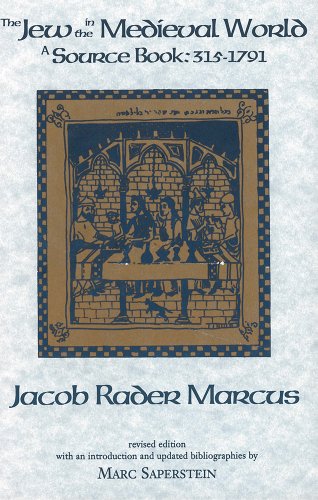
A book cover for The Jew in the Medieval World: A Sourcebook, 315-1791; Jacob Rader Marcus; Biographies & Memoirs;